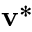
\mathbf { v } ^ { * }